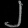
Digit: ၂